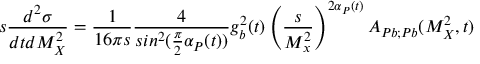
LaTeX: s { \frac { d ^ { 2 } \sigma } { d t d M _ { X } ^ { 2 } } } = { \frac { 1 } { 1 6 \pi s } } { \frac { 4 } { s i n ^ { 2 } ( { \frac { \pi } { 2 } } \alpha _ { P } ( t ) ) } } g _ { b } ^ { 2 } ( t ) \left( { \frac { s } { M _ { x } ^ { 2 } } } \right) ^ { 2 \alpha _ { P } ( t ) } A _ { P b ; P b } ( M _ { X } ^ { 2 } , t )